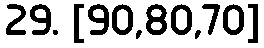
29. [90,80,70]